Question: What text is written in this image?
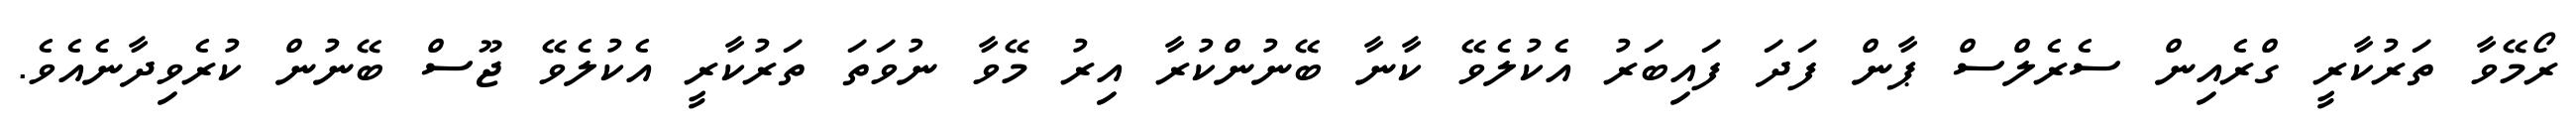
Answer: ރޯމޭވާ ތަރުކާރީ ގްރެއިން ސެރެލްސް ޕާން ފަދަ ފައިބަރު އެކުލެވޭ ކާނާ ބޭނުންކުރާ އިރު މޭވާ ނުވަތަ ތަރުކާރީ އެކުލެވޭ ޖޫސް ބޭނުން ކުރެވިދާނެއެވެ.